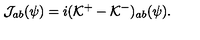
{ \cal J } _ { a b } ( \psi ) = i ( { \cal K } ^ { + } - { \cal K } ^ { - } ) _ { a b } ( \psi ) .